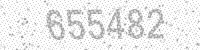
Solution: 655482